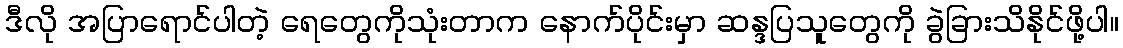
ဒီလို အပြာရောင်ပါတဲ့ ရေတွေကိုသုံးတာက နောက်ပိုင်းမှာ ဆန္ဒပြသူတွေကို ခွဲခြားသိနိုင်ဖို့ပါ။